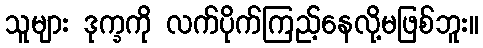
သူများ ဒုက္ခကို လက်ပိုက်ကြည့်နေလို့မဖြစ်ဘူး။